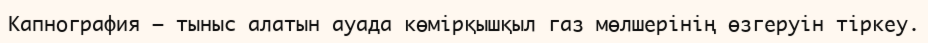
Капнография — тыныс алатын ауада көмірқышқыл газ мөлшерінің өзгеруін тіркеу.